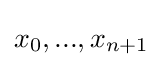
x_{0},...,x_{n+1}